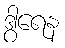
ဒွါရေန